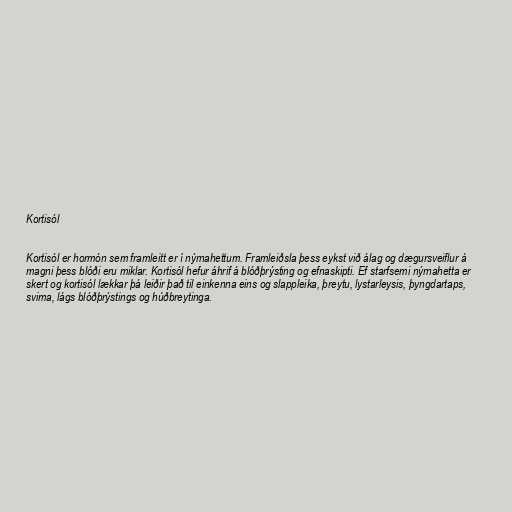
Kortisól

Kortisól er hormón sem framleitt er í nýrnahettum. Framleiðsla þess eykst við álag og dægursveiflur á
magni þess blóði eru miklar. Kortisól hefur áhrif á blóðþrýsting og efnaskipti. Ef starfsemi nýrnahetta er
skert og kortisól lækkar þá leiðir það til einkenna eins og slappleika, þreytu, lystarleysis, þyngdartaps,
svima, lágs blóðþrýstings og húðbreytinga.